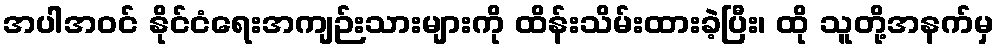
အပါအဝင် နိုင်ငံရေးအကျဉ်းသားများကို ထိန်းသိမ်းထားခဲ့ပြီး၊ ထို သူတို့အနက်မှ